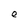
Character: e